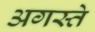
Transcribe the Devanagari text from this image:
अगस्ते